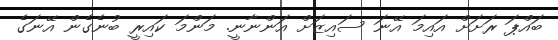
ބައްޕަ ރަށަށް އައިމަ އޭނަ ސައިޒަށް އަންނާނީ. މަންމަ ކައިރީ ބުނެގެން އޭނަގެ